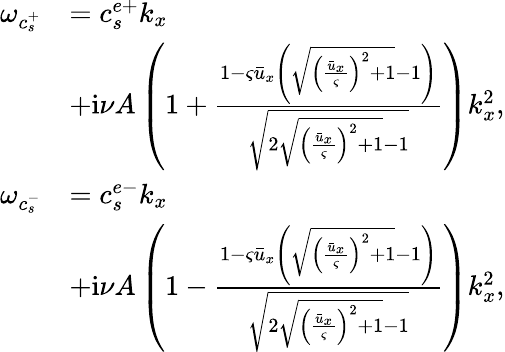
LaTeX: \begin{array}{rl}{\omega_{c_{s}^{+}}}&{=c_{s}^{e+}k_{x}}\\ &{+\mathrm{i}\nu A\left(1+\frac{1-\varsigma\bar{u}_{x}\left(\sqrt{{\left(\frac{\bar{u}_{x}}{\varsigma}\right)}^{2}+1}-1\right)}{\sqrt{2\sqrt{{\left(\frac{\bar{u}_{x}}{\varsigma}\right)}^{2}+1}-1}}\right)k_{x}^{2},}\\ {\omega_{c_{s}^{-}}}&{=c_{s}^{e-}k_{x}}\\ &{+\mathrm{i}\nu A\left(1-\frac{1-\varsigma\bar{u}_{x}\left(\sqrt{{\left(\frac{\bar{u}_{x}}{\varsigma}\right)}^{2}+1}-1\right)}{\sqrt{2\sqrt{{\left(\frac{\bar{u}_{x}}{\varsigma}\right)}^{2}+1}-1}}\right)k_{x}^{2},}\end{array}